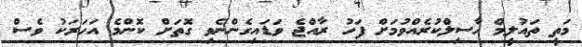
މަތީ ތައުލީމް ހާސިލްކުރެއްވުމަށް ފަހު ރާއްޖެ ވަޑައިގެންނެވި ގޮތަށް ކޮންމެ އަހަރަކު ވެސް